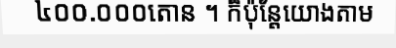
៤០០.០០០តោន ។ ក៏ប៉ុន្តែយោងតាម